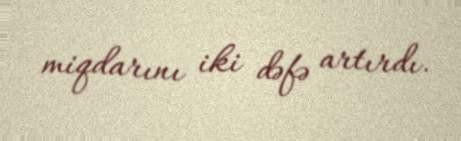
miqdarını iki dəfə artırdı.